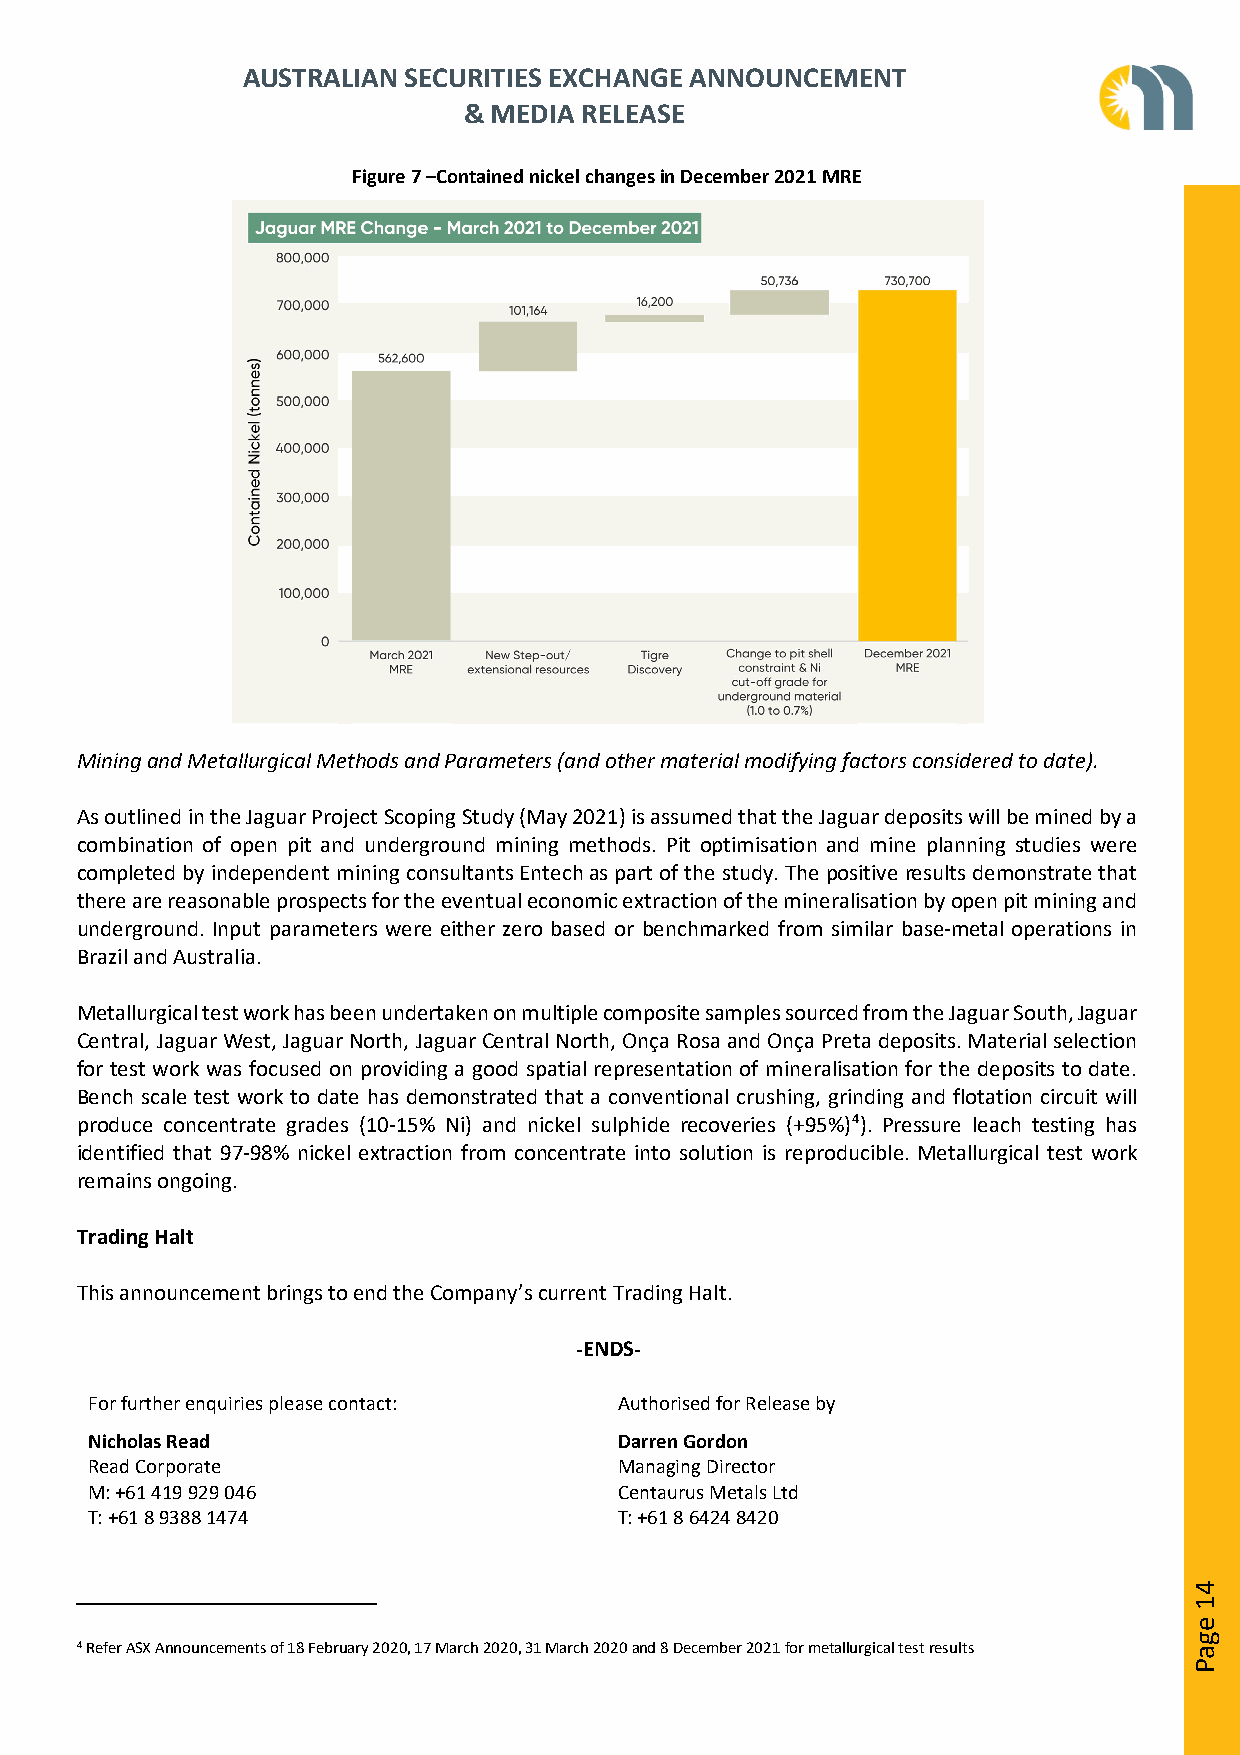
AUSTRALIAN SECURITIES EXCHANGE ANNOUNCEMENT
 & MEDIA RELEASE
 Figure 7 –Contained nickel changes in December 2021 MRE
 Mining and Metallurgical Methods and Parameters (and other material modifying factors considered to date).
 As outlined in the Jaguar Project Scoping Study (May 2021) is assumed that the Jaguar deposits will be mined by a
 combination of open pit and underground mining methods. Pit optimisation and mine planning studies were
 completed by independent mining consultants Entech as part of the study. The positive results demonstrate that
 there are reasonable prospects for the eventual economic extraction of the mineralisation by open pit mining and
 underground. Input parameters were either zero based or benchmarked from similar base-metal operations in
 Brazil and Australia.
 Metallurgical test work has been undertaken on multiple composite samples sourced from the Jaguar South, Jaguar
 Central, Jaguar West, Jaguar North, Jaguar Central North, Onça Rosa and Onça Preta deposits. Material selection
 for test work was focused on providing a good spatial representation of mineralisation for the deposits to date.
 Bench scale test work to date has demonstrated that a conventional crushing, grinding and flotation circuit will
 produce concentrate grades (10-15% Ni) and nickel sulphide recoveries (+95%)4). Pressure leach testing has
 identified that 97-98% nickel extraction from concentrate into solution is reproducible. Metallurgical test work
 remains ongoing.
 Trading Halt
 This announcement brings to end the Company’s current Trading Halt.
 -ENDS-
 For further enquiries please contact: Authorised for Release by
 Nicholas Read                      Darren Gordon
 Read Corporate                     Managing Director
 M: +61 419 929 046                 Centaurus Metals Ltd
 T: +61 8 9388 1474                 T: +61 8 6424 8420
 4 Refer ASX Announcements of 18 February 2020, 17 March 2020, 31 March 2020 and 8 December 2021 for metallurgical test results
 41
 egaP